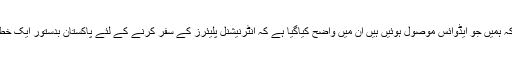
اس کا کہنا ہے کہ ہمیں جو ایڈوائس موصول ہوئیں ہیں ان میں واضح کیاگیا ہے کہ انٹرنیشنل پلیئرز کے سفر کرنے کے لئے پاکستان بدستور ایک خطرناک ملک ہے۔